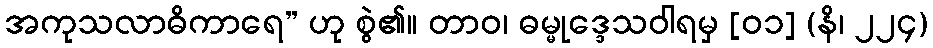
အကုသလာဓိကာရေ” ဟု စွဲ၏။ တာဝ၊ ဓမ္မုဒ္ဒေသဝါရမှ [၀၁] (နိ၊ ၂၂၄)